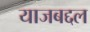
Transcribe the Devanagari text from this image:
याजबद्दल